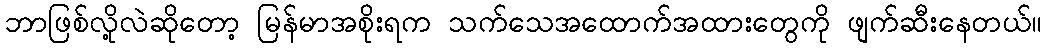
ဘာဖြစ်လို့လဲဆိုတော့ မြန်မာအစိုးရက သက်သေအထောက်အထားတွေကို ဖျက်ဆီးနေတယ်။